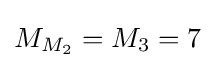
M_{M_{2}}=M_{3}=7